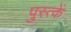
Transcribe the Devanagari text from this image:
पुस्त्कें